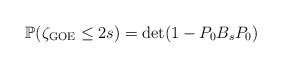
\begin{align*} \mathbb{P}( \zeta_{\rm GOE} \leq 2s) = \det (1 - P_0B_sP_0) \end{align*}